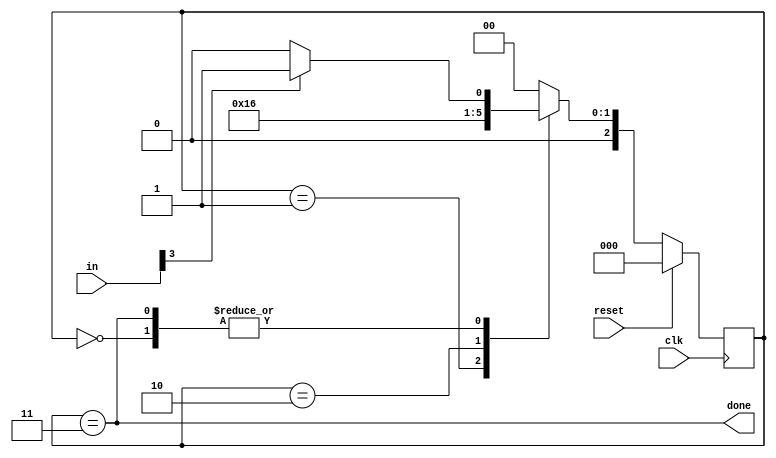
module top_module(
    input clk,
    input [7:0] in,
    input reset,    // Synchronous reset
    output done); //

    parameter S0=2'b00,
    		  S1=2'b01,
    		  S2=2'b10,
    		  S3=2'b11;

    reg [2:0] state,next_state;

    always @(*) begin
        case(state)
            S0: next_state = in[3] ? S1 : S0;
            S1: next_state = S2;
            S2: next_state = S3;
            S3: next_state = in[3] ? S1 : S0;
            default: next_state = S0;
        endcase
    end

    always @(posedge clk) begin
        if (reset) state <= S0;
        else state <= next_state;
    end

    assign done = (state==S3);

endmodule